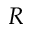
R